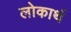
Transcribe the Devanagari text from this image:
लोकार्थ